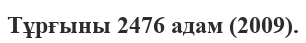
Тұрғыны 2476 адам (2009).